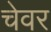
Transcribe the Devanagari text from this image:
चेवर